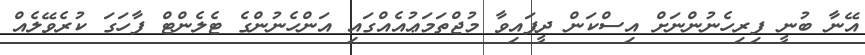
އޭނާ ބުނީ ފިރިހެނުންނަށް އިސްކަން ދީފައިވާ މުޖްތަމަޢުއެއްގައި އަންހެނުންގެ ޓެލެންޓް ފާހަގަ ކުރެވޭލެއް